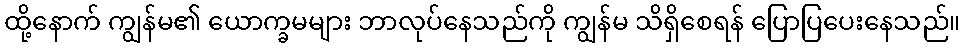
ထို့နောက် ကျွန်မ၏ ယောက္ခမများ ဘာလုပ်နေသည်ကို ကျွန်မ သိရှိစေရန် ပြောပြပေးနေသည်။